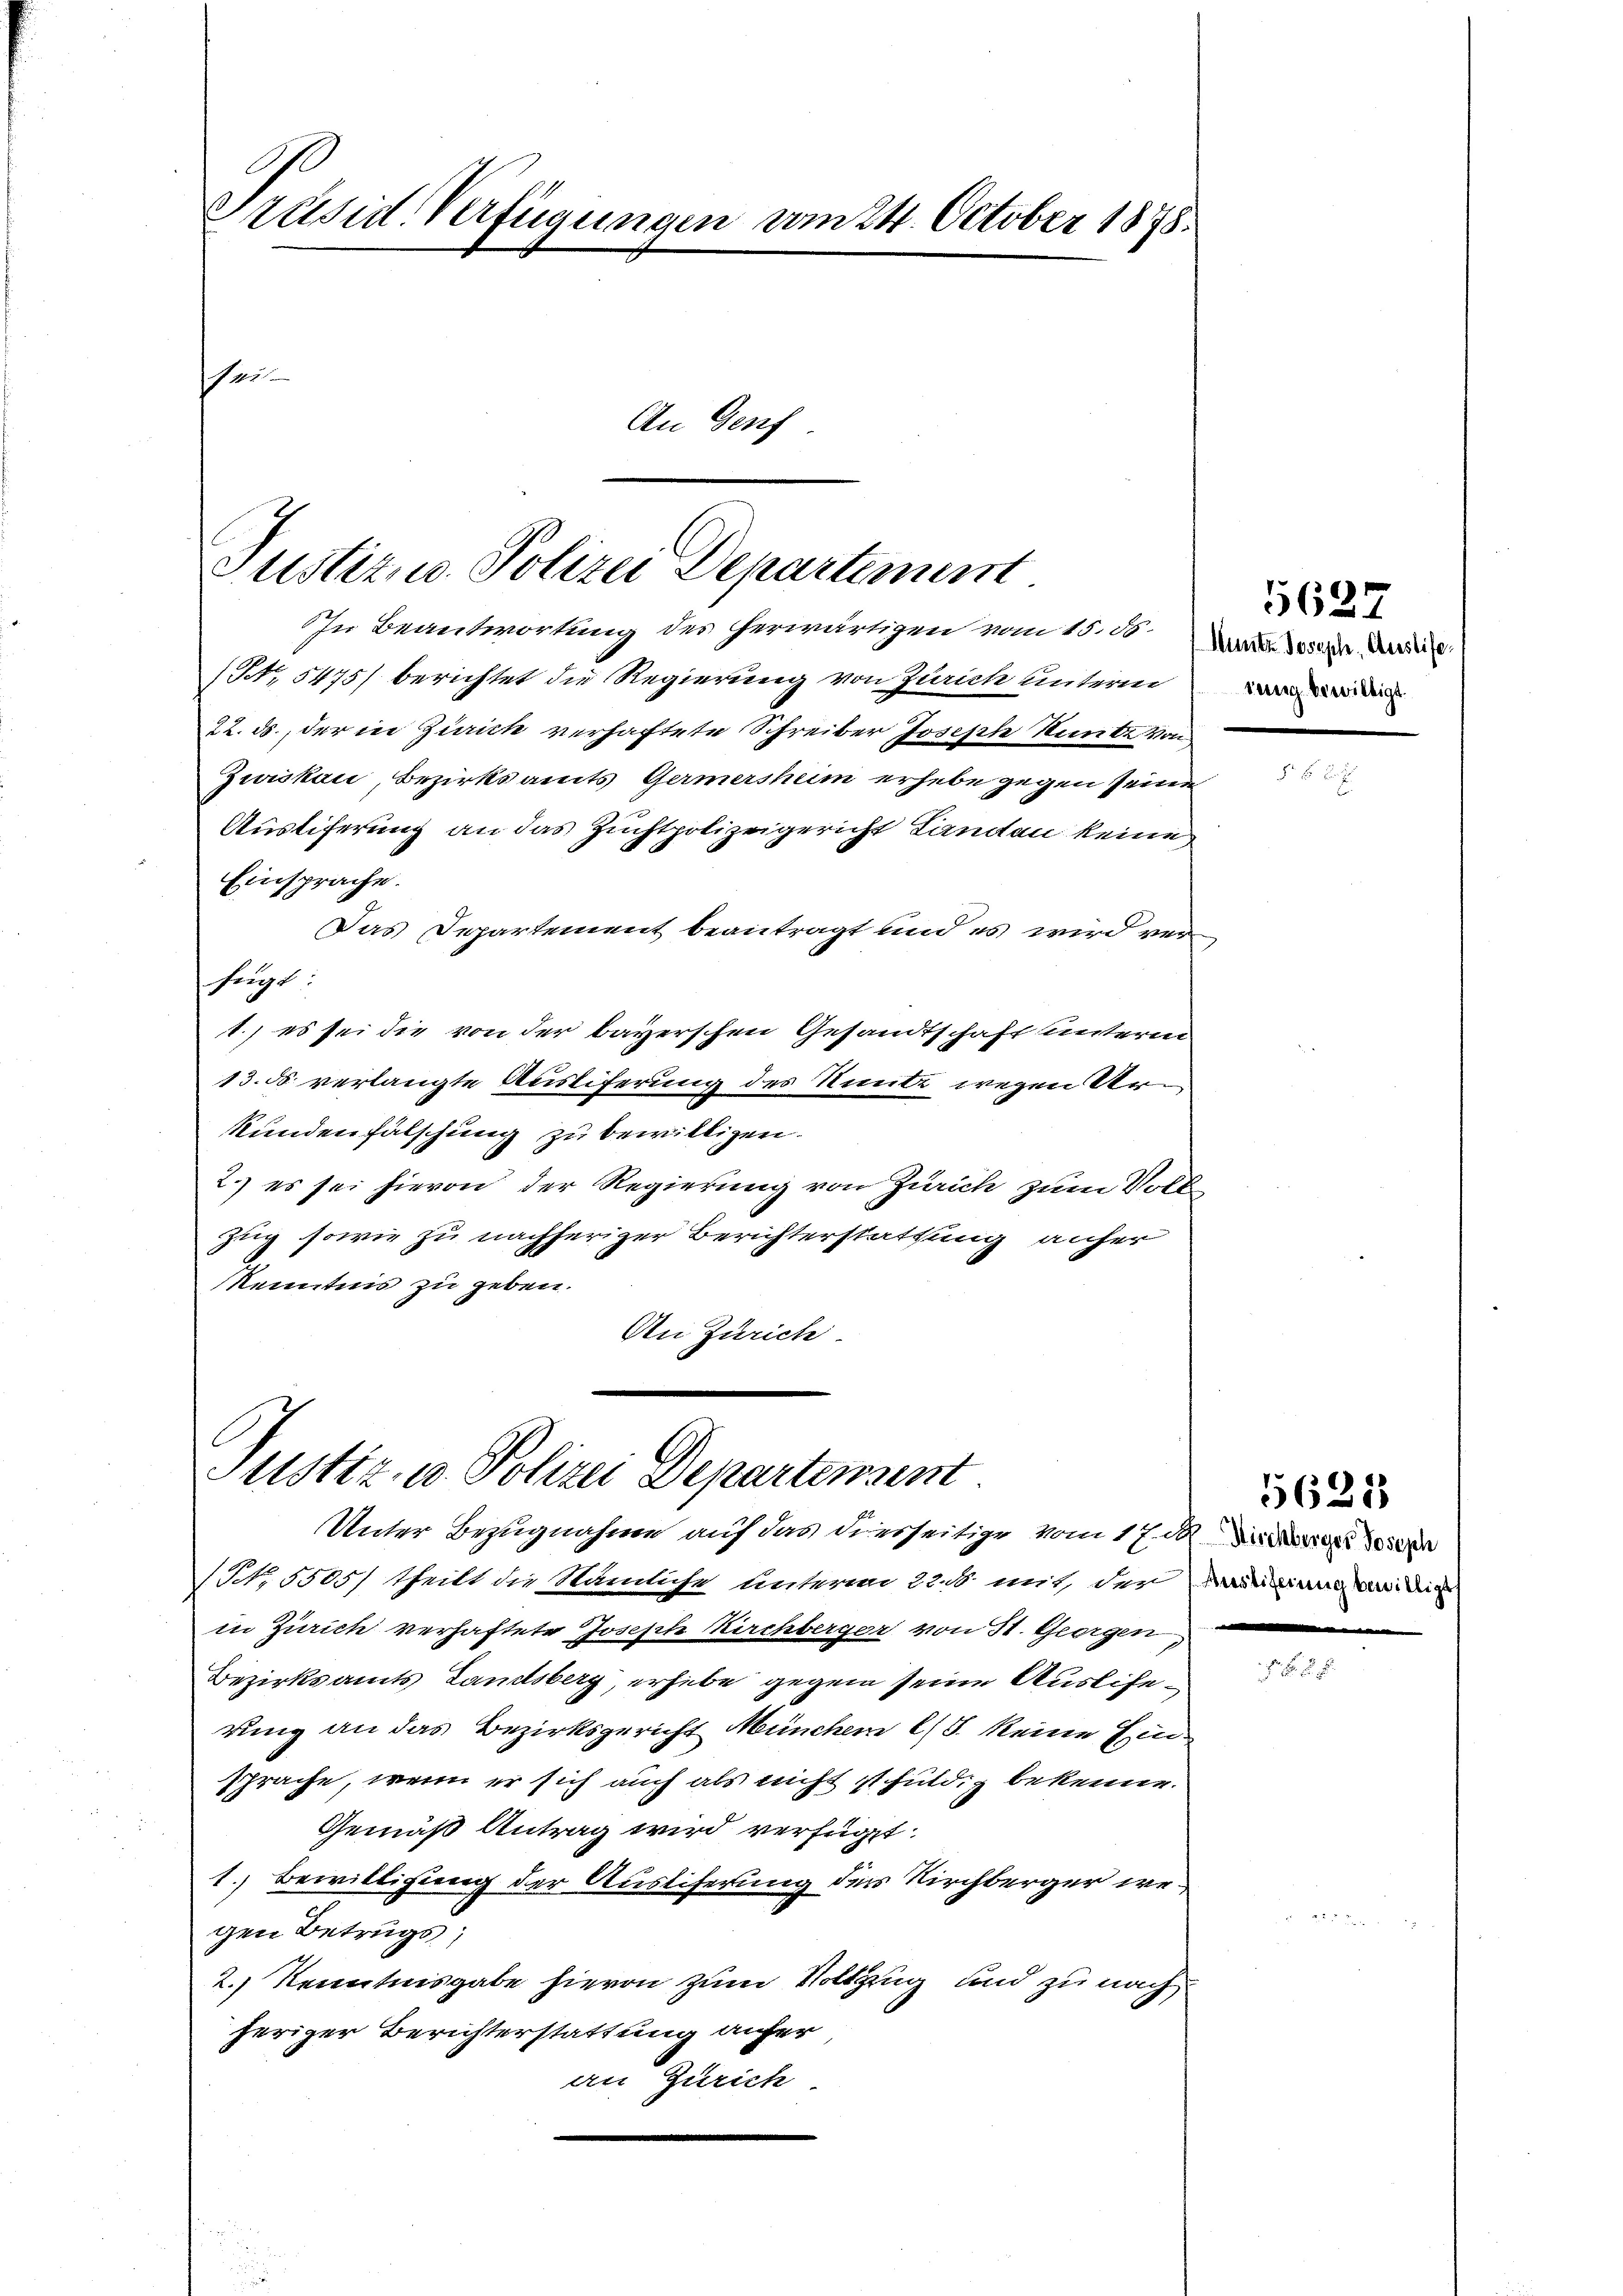
Präsid-Verfügungen vom 24. October 1878.
sei
An Genf

Justiz u. Polizei Departement
In Beantwortung des herwärtigen vom 15. d. 305. Deine

F, 5475) berichtet die Regierung von Zürich unterm
22. ds., der in Zürich verhaftete Schreiber Joseph Raube von
Zwiskau, Bezirksamts Germersheim erhebe gegen seine
Austiferung an das Zuchtpolizeigericht Landen keine
Einsprache.
Das Departement beantragt und es wird ver
fügt:
1.) es sei die von der bayerschen Gesandtschaft unterm
13. ds. verlangte Auslieferung des Ritte wegen Urkundenfälschung zu bewilligen.
2.) es sei hievon der Regierung von Zürich zum Volk
Zug sowie zu nachheriger Berichterstattung anfer
Kenntnis zu geben.
An Zürich

Justiz- u. Polizei Departenseit
Unter Bezugnahme auf das diesseitige vom 17. d. der die

(NNo. 5505/ theilt die Nämliche Unterm 22 mit, der radirung an die
in Zürich verhaftete Joseph Kirchberger von 31. Georgen,
Bezirksamts Landsberg, erhebe gegen seine Auslierung an das Bezirksgericht Müncher l. keine Einsprache, wenn er sich auch als nicht ist huldig bekenne.
Gemäß Antrag wird verfügt:
1. Bewilligung der Ausliferung der Kirchberger wegen Betrugs;
2.) Kenntnisgabe hievon zum Vollzug und zu nach
heriger Berichterstattung aufer
an Zürich.

5627
rung bewilligt

.

5621